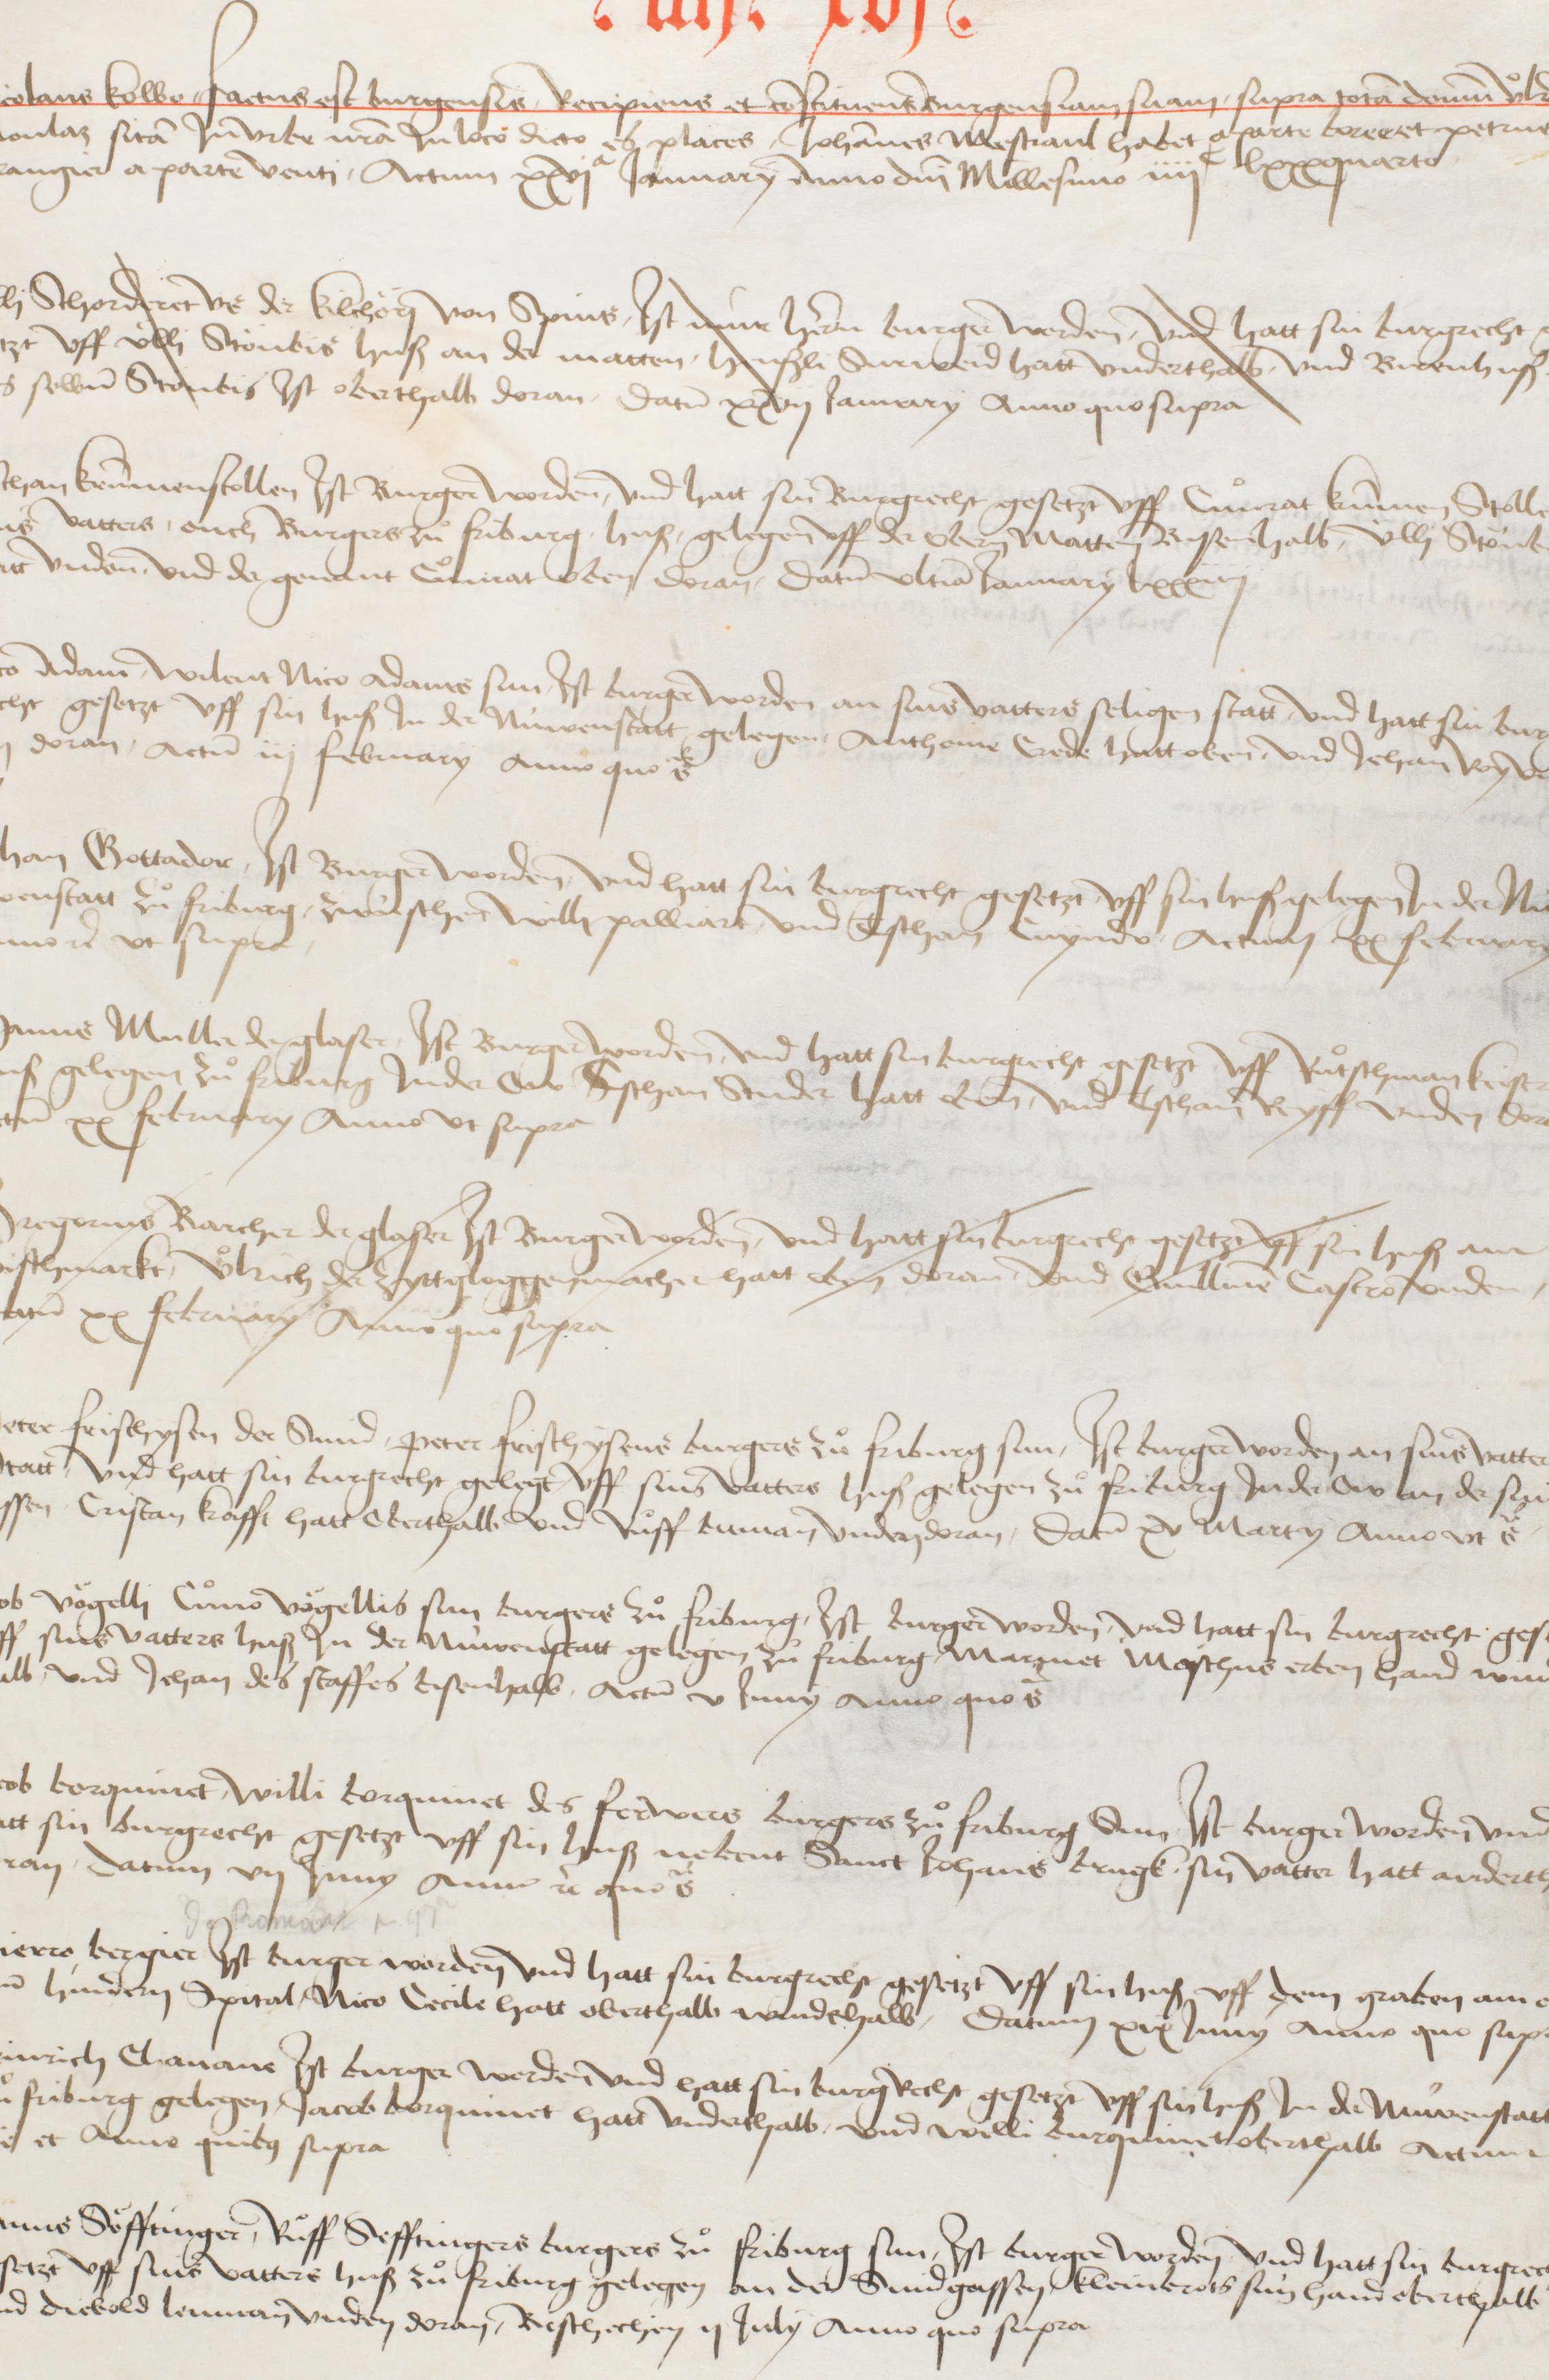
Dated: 1416–1769